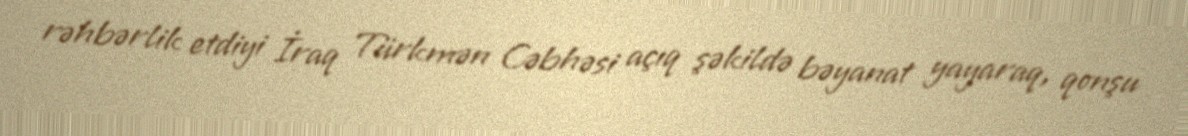
rəhbərlik etdiyi İraq Türkmən Cəbhəsi açıq şəkildə bəyanat yayaraq, qonşu